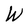
Character: W